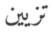
تزيين